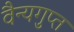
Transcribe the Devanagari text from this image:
वैन्यगुप्त